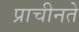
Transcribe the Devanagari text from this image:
प्राचीनते